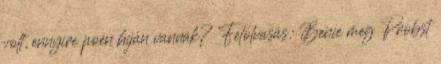
volt, ennyire poén híján vannak? Felolvasás: Bence meg Probst